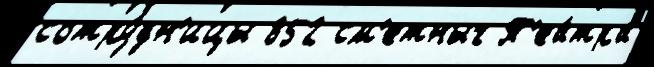
сотру́дн'ицы 852 см'етных Т'еа́тра